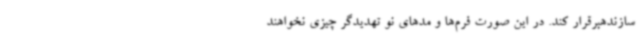
سازندهبرقرار کند. در این صورت فرم‌ها و مدهای نو تهدیدگر چیزی نخواهند